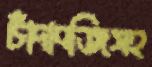
চাঁদাবজিসহ